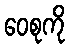
ဝေစုကို